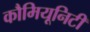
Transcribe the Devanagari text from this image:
कौमियूनिटी